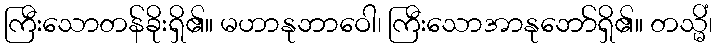
ကြီးသောတန်ခိုးရှိ၏။ မဟာနုဘာဝေါ၊ ကြီးသောအာနုဘော်ရှိ၏။ တသ္မိံ၊